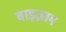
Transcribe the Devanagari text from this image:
वाइज़ाग